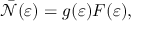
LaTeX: { \bar { \mathcal { N } } } ( \varepsilon ) = g ( \varepsilon ) F ( \varepsilon ) ,